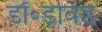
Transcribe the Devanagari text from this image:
डॉ॰डेविड